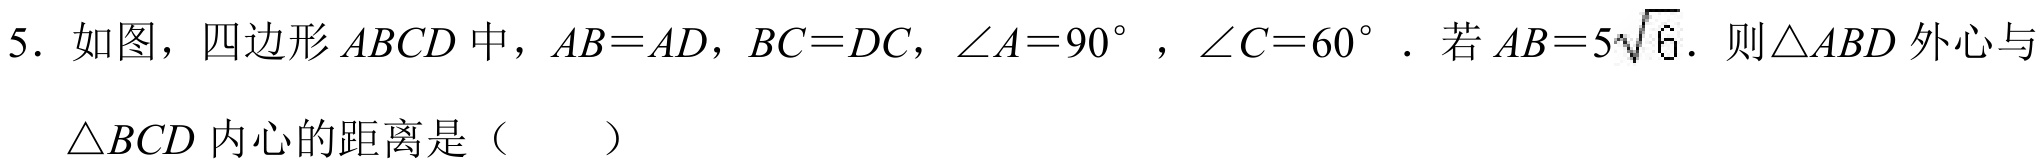
5. 如图，四边形\(ABCD\)中，\(AB = AD\)，\(BC = DC\)，\(\angle A=90^{\circ}\)，\(\angle C = 60^{\circ}\)．若\(AB = 5\sqrt{6}\)．则\(\triangle ABD\)外心与

\(\triangle BCD\)内心的距离是（  ）